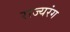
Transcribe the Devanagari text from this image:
राज्यरंग